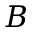
B